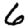
Digit: 6